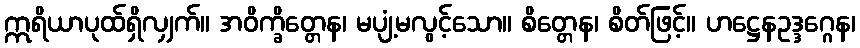
ဣရိယာပုထ်ရှိလျှက်။ အဝိက္ခိတ္တေန၊ မပျံ့မလွင့်သော။ စိတ္တေန၊ စိတ်ဖြင့်။ ဟဋ္ဌေနဥဒ္ဒဂ္ဂေန၊